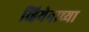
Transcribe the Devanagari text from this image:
व्हियेनाच्या